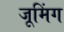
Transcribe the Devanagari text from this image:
जूमिंग